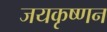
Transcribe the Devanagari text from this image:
जयकृष्णन